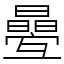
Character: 㬪